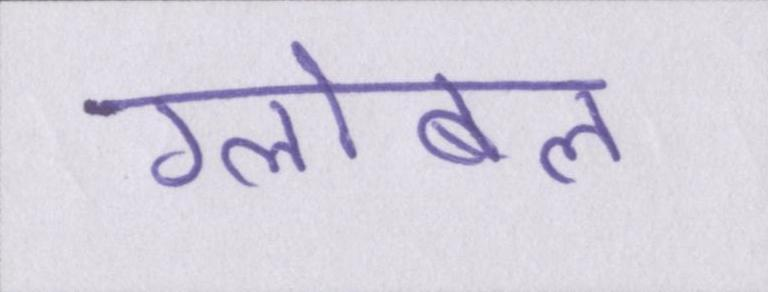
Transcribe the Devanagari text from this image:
ग्लोबल